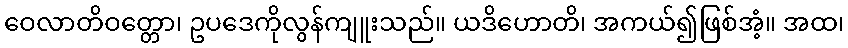
ဝေလာတိဝတ္တော၊ ဥပဒေကိုလွန်ကျူးသည်။ ယဒိဟောတိ၊ အကယ်၍ဖြစ်အံ့။ အထ၊